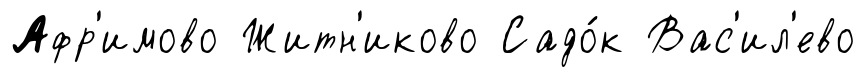
Афр'имово Житн'иково Садо́к Вас'ил'ево